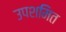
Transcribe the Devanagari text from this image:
उपशमित